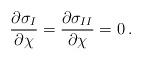
LaTeX: \begin{align*}{\partial\sigma_I \over \partial\chi} ={\partial\sigma_{II} \over \partial\chi} = 0\,.\end{align*}